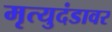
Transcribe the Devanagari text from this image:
मृत्युदंडावर